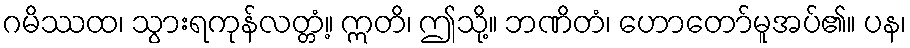
ဂမိဿထ၊ သွားရကုန်လတ္တံ့။ ဣတိ၊ ဤသို့။ ဘဏိတံ၊ ဟောတော်မူအပ်၏။ ပန၊